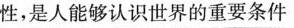
性，是人能够认识世界的重要条件